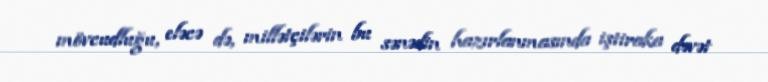
mövcudluğu, eləcə də, millətçilərin bu sənədin hazırlanmasında iştiraka dəvət